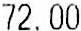
72.00